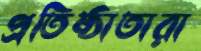
প্রতিষ্ঠাতারা